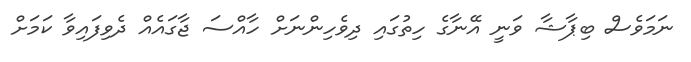
ނަމަވެސް ބިޕާޝާ ވަނީ އޭނާގެ ހިތުގައި ދިވެހިންނަށް ހާއްސަ ޖާގައެއް ދެވިފައިވާ ކަމަށް